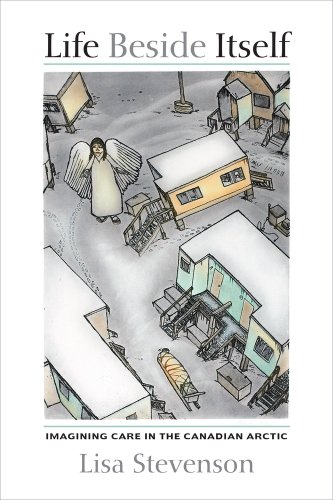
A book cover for Life Beside Itself: Imagining Care in the Canadian Arctic; Lisa Stevenson; History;